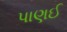
પાણઈ